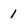
Character: 1